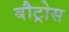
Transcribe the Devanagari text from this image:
बौट्रोस